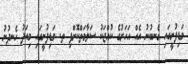
މަޑިފުށީގައި ގެނބުނު އެއް އަހަރުގެ ކުއްޖަކު ސަލާމަތްކޮށްފި ތ. މަޑިފުށީގައި މިއަދު ހެނދުނު